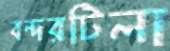
বন্দরটিলা